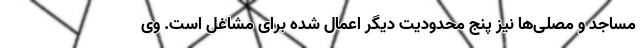
مساجد و مصلی‌ها نیز پنج محدودیت دیگر اعمال شده برای مشاغل است. وی